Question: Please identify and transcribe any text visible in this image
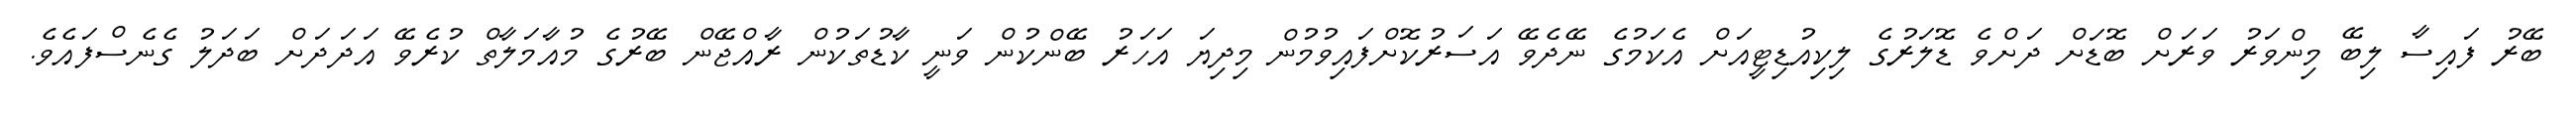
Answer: ބޭރު ފައިސާ ލިބޭ މިންވަރު ވަރަށް ބޮޑަށް ދަށްވެ ޑޮލަރުގެ ލިކިއުޑިޓީއަށް އެކަމުގެ ނޭދެވޭ އަސަރުކޮށްފައިވުމުން މިދިޔަ އަހަރު ބޭންކުން ވަނީ ކާޑުތަކުން ރާއްޖޭން ބޭރުގެ މުއާމަލާތް ކުރެވޭ އަދަދަށް ބަދަލު ގެނެސްފައެވެ.